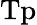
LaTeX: \mathrm{Tp}